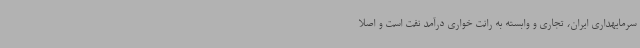
سرمایهداری ایران، تجاری و وابسته به رانت خواری درآمد نفت است و اصلا